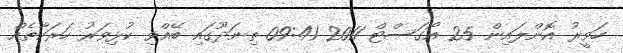
ހަވީރު އޮންލައިން 25 އޯގަސްޓް 2011 09:41 ތިނަދޫގައި ބޭއްވި ކުޅިވަރު ހަރަކާތެއް